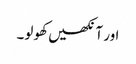
اور آنکھیں کھولو۔